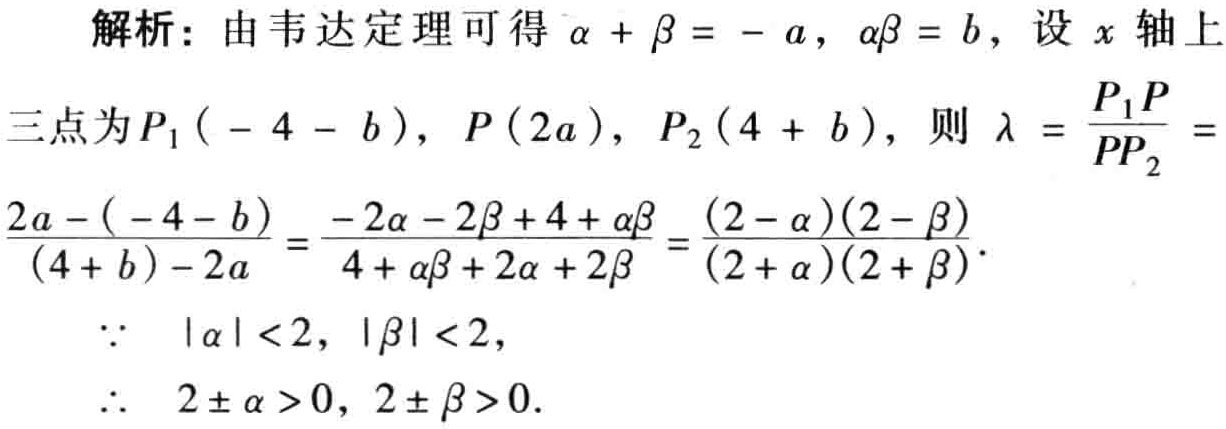
解析：由韦达定理可得\(\alpha + \beta = - a\)，\(\alpha\beta = b\)，设 \(x\) 轴上

三点为\(P_1( - 4 - b)\)，\(P(2a)\)，\(P_2(4 + b)\)，则 \(\lambda = \frac{P_1P}{PP_2} =\)

\(\frac{2a - ( - 4 - b)}{(4 + b) - 2a} = \frac{- 2\alpha - 2\beta + 4 + \alpha\beta}{4 + \alpha\beta + 2\alpha + 2\beta} = \frac{(2 - \alpha)(2 - \beta)}{(2 + \alpha)(2 + \beta)}\)。

\(\because\) \(|\alpha| < 2\)，\(|\beta| < 2\)，

\(\therefore\) \(2 \pm \alpha > 0\)，\(2 \pm \beta > 0\)。